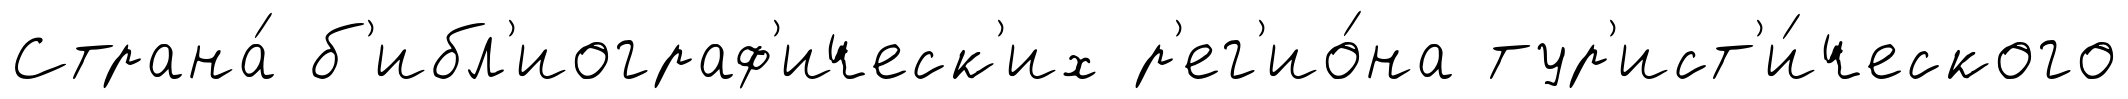
Страна́ б'ибл'иограф'ическ'их р'ег'ио́на тур'ист'и́ческого